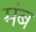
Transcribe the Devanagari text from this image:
मंब